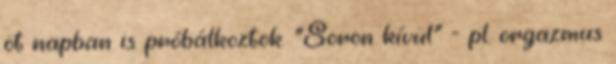
öt napban is próbálkoztok. "Soron kívül" - pl. orgazmus